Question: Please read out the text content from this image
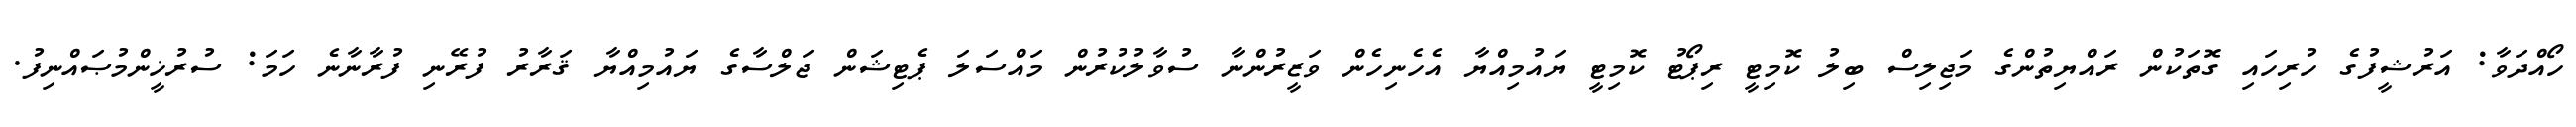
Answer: ހޯއްދަވާ: އަރުޝީފުގެ ހުރިހައި ގޮތަކުން ރައްޔިތުންގެ މަޖިލިސް ބިލު ކޮމިޓީ ރިޕޯޓު ކޮމިޓީ ޔައުމިއްޔާ އެހެނިހެން ވަޒީރުންނާ ސުވާލުކުރުން މައްސަލަ ޕެޓިޝަން ޖަލްސާގެ ޔައުމިއްޔާ ޤަރާރު ފުރޭނި ފުރާނާނެ ހަމަ: ސުރުޚީންމުޞައްނިފު.